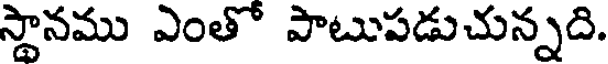
స్థానము ఎంతో పాటుపడుచున్నది.